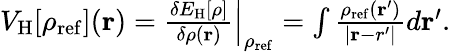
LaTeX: \begin{array}{r}{V_{\mathrm{H}}[\rho_{\mathrm{ref}}]({\mathbf r})=\frac{\delta E_{\mathrm{H}}[\rho]}{\delta\rho({\mathbf r})}\Big\vert_{\rho_{\mathrm{ref}}}=\int\frac{\rho_{\mathrm{ref}}({\mathbf r^{\prime}})}{\vert{\mathbf r-r^{\prime}}\vert}d{\mathbf r^{\prime}}.}\end{array}